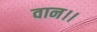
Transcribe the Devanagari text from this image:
वान।।